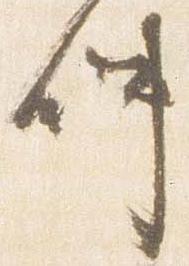
仲